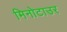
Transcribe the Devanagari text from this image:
मिनोटाउर